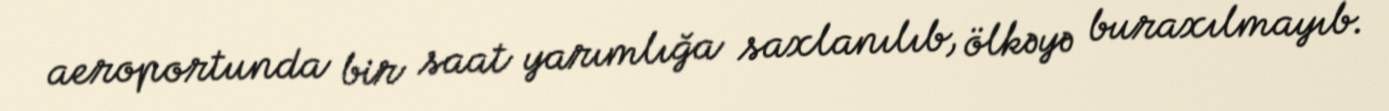
aeroportunda bir saat yarımlığa saxlanılıb, ölkəyə buraxılmayıb.